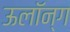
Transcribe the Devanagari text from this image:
ऊलॉन्ग